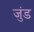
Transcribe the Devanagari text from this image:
जुंड